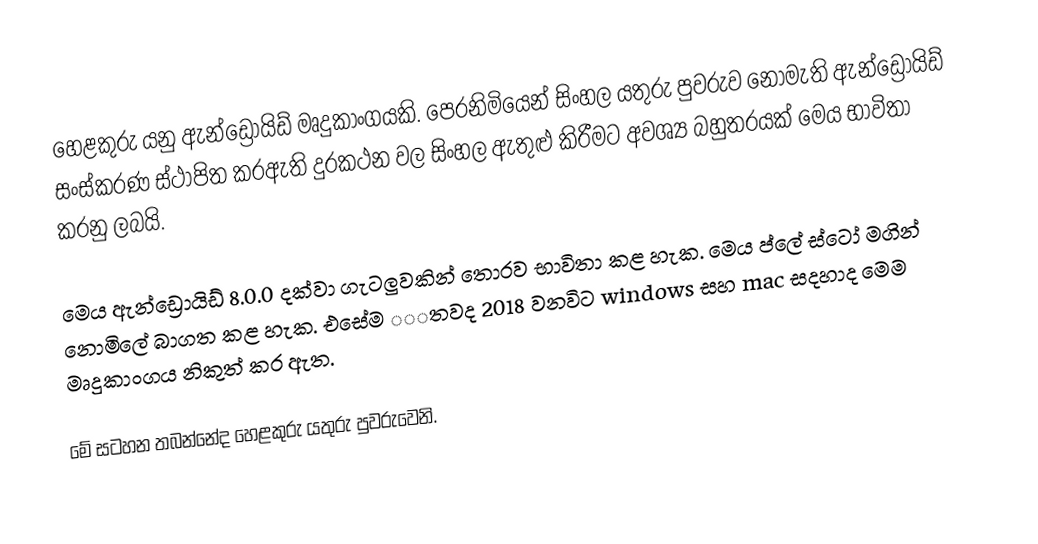
හෙළකුරු යනු ඇන්ඩ්‍රොයිඩ් මෘදුකාංගයකි. පෙරනිමියෙන් සිංහල යතුරු පුවරුව නොමැති ඇන්ඩ්‍රොයිඩ් සංස්කරණ ස්ථාපිත කරඇති දුරකථන වල සිංහල ඇතුළු කිරීමට අවශ්‍ය බහුතරයක් මෙය භාවිතා කරනු ලබයි.

මෙය ඇන්ඩ්‍රොයිඩ් 8.0.0 දක්වා ගැටලුවකින් තොරව භාවිතා කළ හැක. මෙය ප්ලේ ස්ටෝ මගින් නොමිලේ බාගත කළ හැක. එසේම ‌‌‌‌තවද 2018 වනවිට windows සහ mac සදහාද මෙම මෘදුකාංගය නිකුත් කර ඇත.

මේ සටහන තබන්නේද හෙළකුරු යතුරු පුවරුවෙනි.